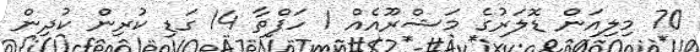
70 މިލިއަން ޑޮލަރުގެ މަޝްރޫއެއް 1 ހަފްތާ 14 ގަޑި ކުރިން ކުދިން